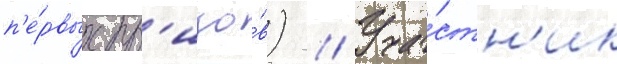
п'е́рвых пр'изо́в) // Уча́стн'ик